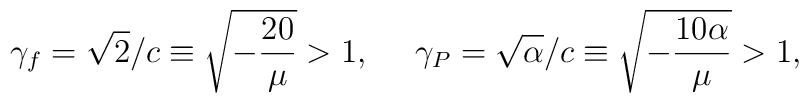
\gamma_{f} = \sqrt{2}/c \equiv \sqrt{ - \frac{20}{\mu}}>1, ~~~~\gamma_{P} = \sqrt{\alpha}/c \equiv \sqrt{ - \frac{10 \alpha}{\mu}}> 1,